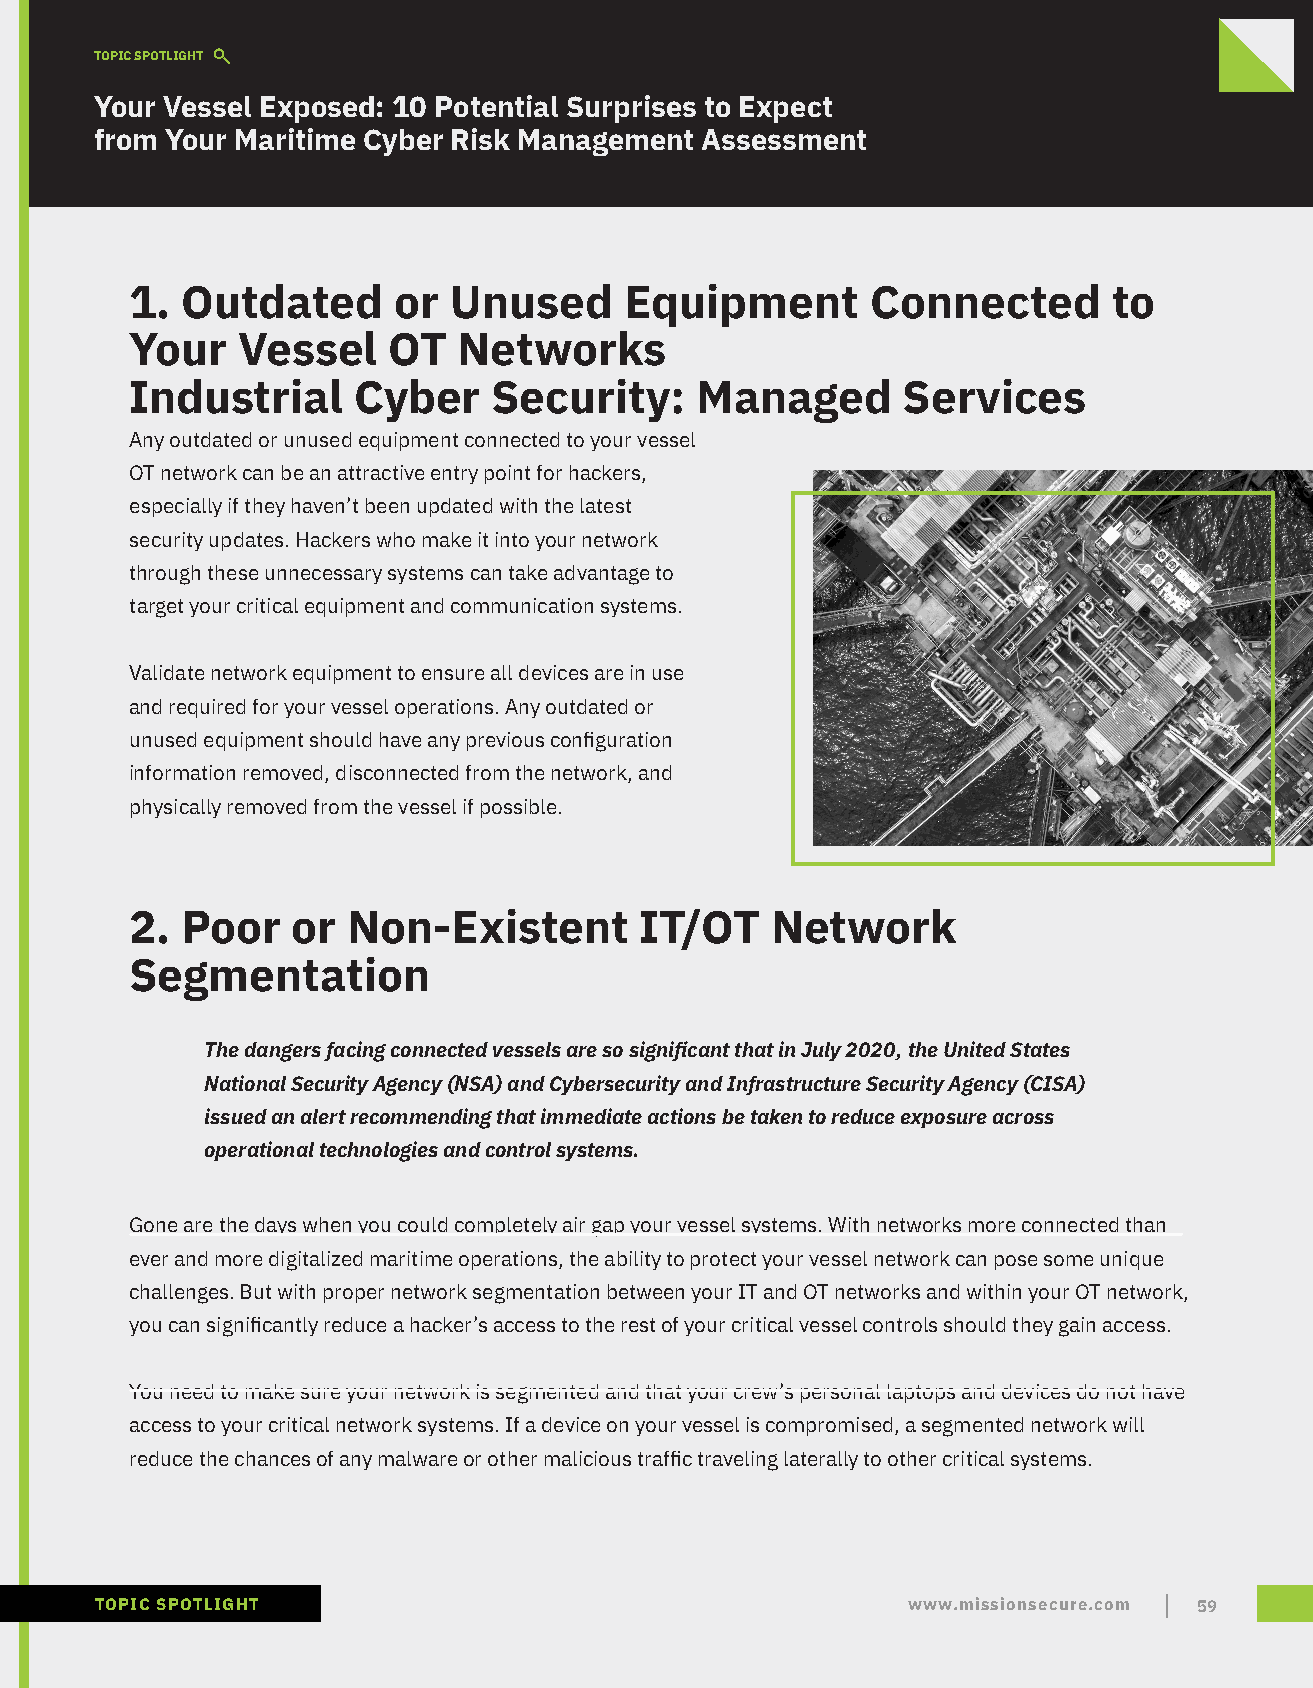
TOPIC SPOTLIGHT
 Your Vessel Exposed: 10 Potential Surprises to Expect
 from Your Maritime Cyber Risk Management Assessment
 1. Outdated      or  Unused     Equipment        Connected       to
 Your   Vessel    OT  Networks
 Industrial    Cyber     Security:    Managed       Services
 Any outdated or unused equipment connected to your vessel
 OT network can be an attractive entry point for hackers,
 especially if they haven’t been updated with the latest
 security updates. Hackers who make it into your network
 through these unnecessary systems can take advantage to
 target your critical equipment and communication systems.
 Validate network equipment to ensure all devices are in use
 and required for your vessel operations. Any outdated or
 unused equipment should have any previous configuration
 information removed, disconnected from the network, and
 physically removed from the vessel if possible.
 2. Poor   or  Non-Existent       IT/OT    Network
 Segmentation
 The dangers facing connected vessels are so significant that in July 2020, the United States
 National Security Agency (NSA) and Cybersecurity and Infrastructure Security Agency (CISA)
 issued an alert recommending that immediate actions be taken to reduce exposure across
 operational technologies and control systems.
 Gone are the days when you could completely air gap your vessel systems. With networks more connected than
 ever and more digitalized maritime operations, the ability to protect your vessel network can pose some unique
 challenges. But with proper network segmentation between your IT and OT networks and within your OT network,
 you can significantly reduce a hacker’s access to the rest of your critical vessel controls should they gain access.
 You need to make sure your network is segmented and that your crew’s personal laptops and devices do not have
 access to your critical network systems. If a device on your vessel is compromised, a segmented network will
 reduce the chances of any malware or other malicious traffic traveling laterally to other critical systems.
 TOPIC SPOTLIGHT                                       www.missionsecure.com 59